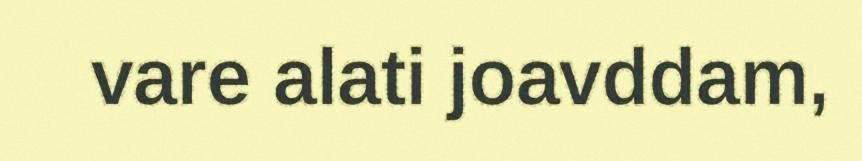
vare alati joavddam,